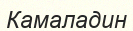
Камаладин